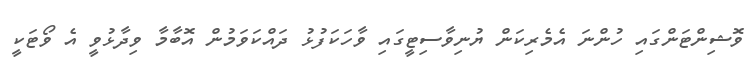
ވޮޝިންޓަންގައި ހުންނަ އެމެރިކަން ޔުނިވާސިޓީގައި ވާހަކަފުޅު ދައްކަވަމުން އޮބާމާ ވިދާޅުވީ އެ ވޯޓަކީ